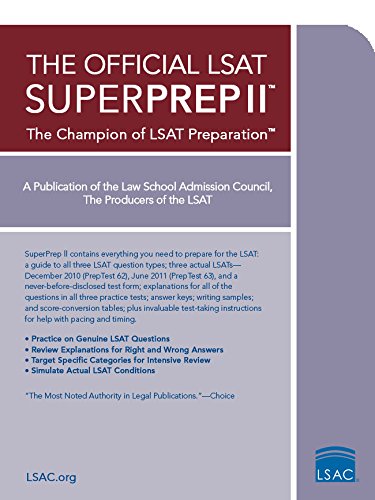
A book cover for The Official LSAT SuperPrep II: The Champion of LSAT Prep; Law School Admission Council; Test Preparation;